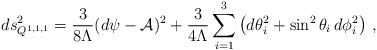
LaTeX: \begin{align*}ds^2_{Q^{1,1,1}}=\frac{3}{8\Lambda}(d\psi-{\cal A})^2+\frac{3}{4\Lambda}\sum_{i=1}^3\left(d\theta_i^2+\sin^2\theta_i\,d\phi_i^2\right)\,,\end{align*}